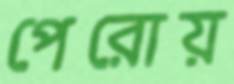
পেরোয়